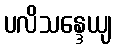
ပလိသန္ဒေယျ